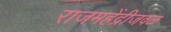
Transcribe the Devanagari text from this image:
राजमहेंद्रीजवळ